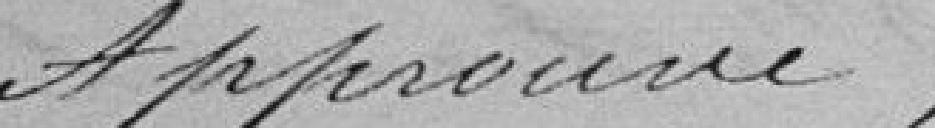
Approuvé,